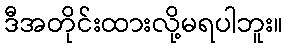
ဒီအတိုင်းထားလို့မရပါဘူး။